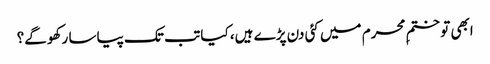
ابھی تو ختمِ محرم میں کئی دن پڑے ہیں، کیا تب تک پیاسا رکھو گے؟